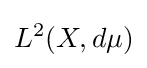
L^{2}(X,d\mu )